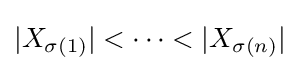
|X_{\sigma (1)}|<\dots <|X_{\sigma (n)}|